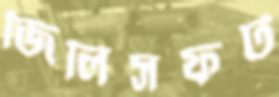
জিলিসফট